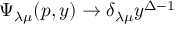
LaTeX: \Psi _ { \lambda \mu } ( p , y ) \rightarrow \delta _ { \lambda \mu } y ^ { \Delta - 1 }